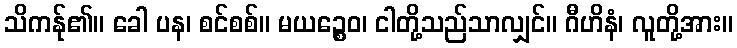
သိကန်ု၏။ ခေါ ပန၊ စင်စစ်။ မယဉ္စေဝ၊ ငါတို့သည်သာလျှင်။ ဂီဟိနံ၊ လူတို့အား။